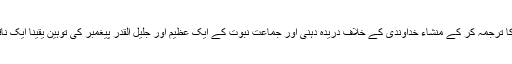
قرآن مجید کی آیت کا ترجمہ کر کے منشاء خداوندی کے خلاف دریدہ دہنی اور جماعت نبوت کے ایک عظیم اور جلیل القدر پیغمبر کی توہین یقینا ایک ناقابل معافی جرم ہے۔